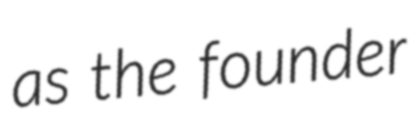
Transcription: as the founder